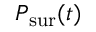
P _ { \mathrm { s u r } } ( t )